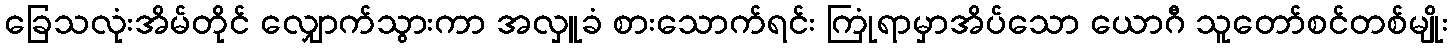
ခြေသလုံးအိမ်တိုင် လျှောက်သွားကာ အလှူခံ စားသောက်ရင်း ကြုံရာမှာအိပ်သော ယောဂီ သူတော်စင်တစ်မျိုး